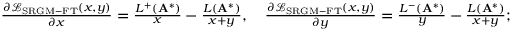
\begin{array} { r } { \frac { \partial \mathcal { L } _ { \mathrm { S R G M - F T } } ( x , y ) } { \partial x } = \frac { L ^ { + } ( \mathbf { A } ^ { * } ) } { x } - \frac { L ( \mathbf { A } ^ { * } ) } { x + y } , \quad \frac { \partial \mathcal { L } _ { \mathrm { S R G M - F T } } ( x , y ) } { \partial y } = \frac { L ^ { - } ( \mathbf { A } ^ { * } ) } { y } - \frac { L ( \mathbf { A } ^ { * } ) } { x + y } ; } \end{array}